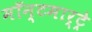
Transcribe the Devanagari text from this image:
मॉन्टमार्ट्रे